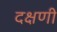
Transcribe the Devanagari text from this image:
दक्षणी